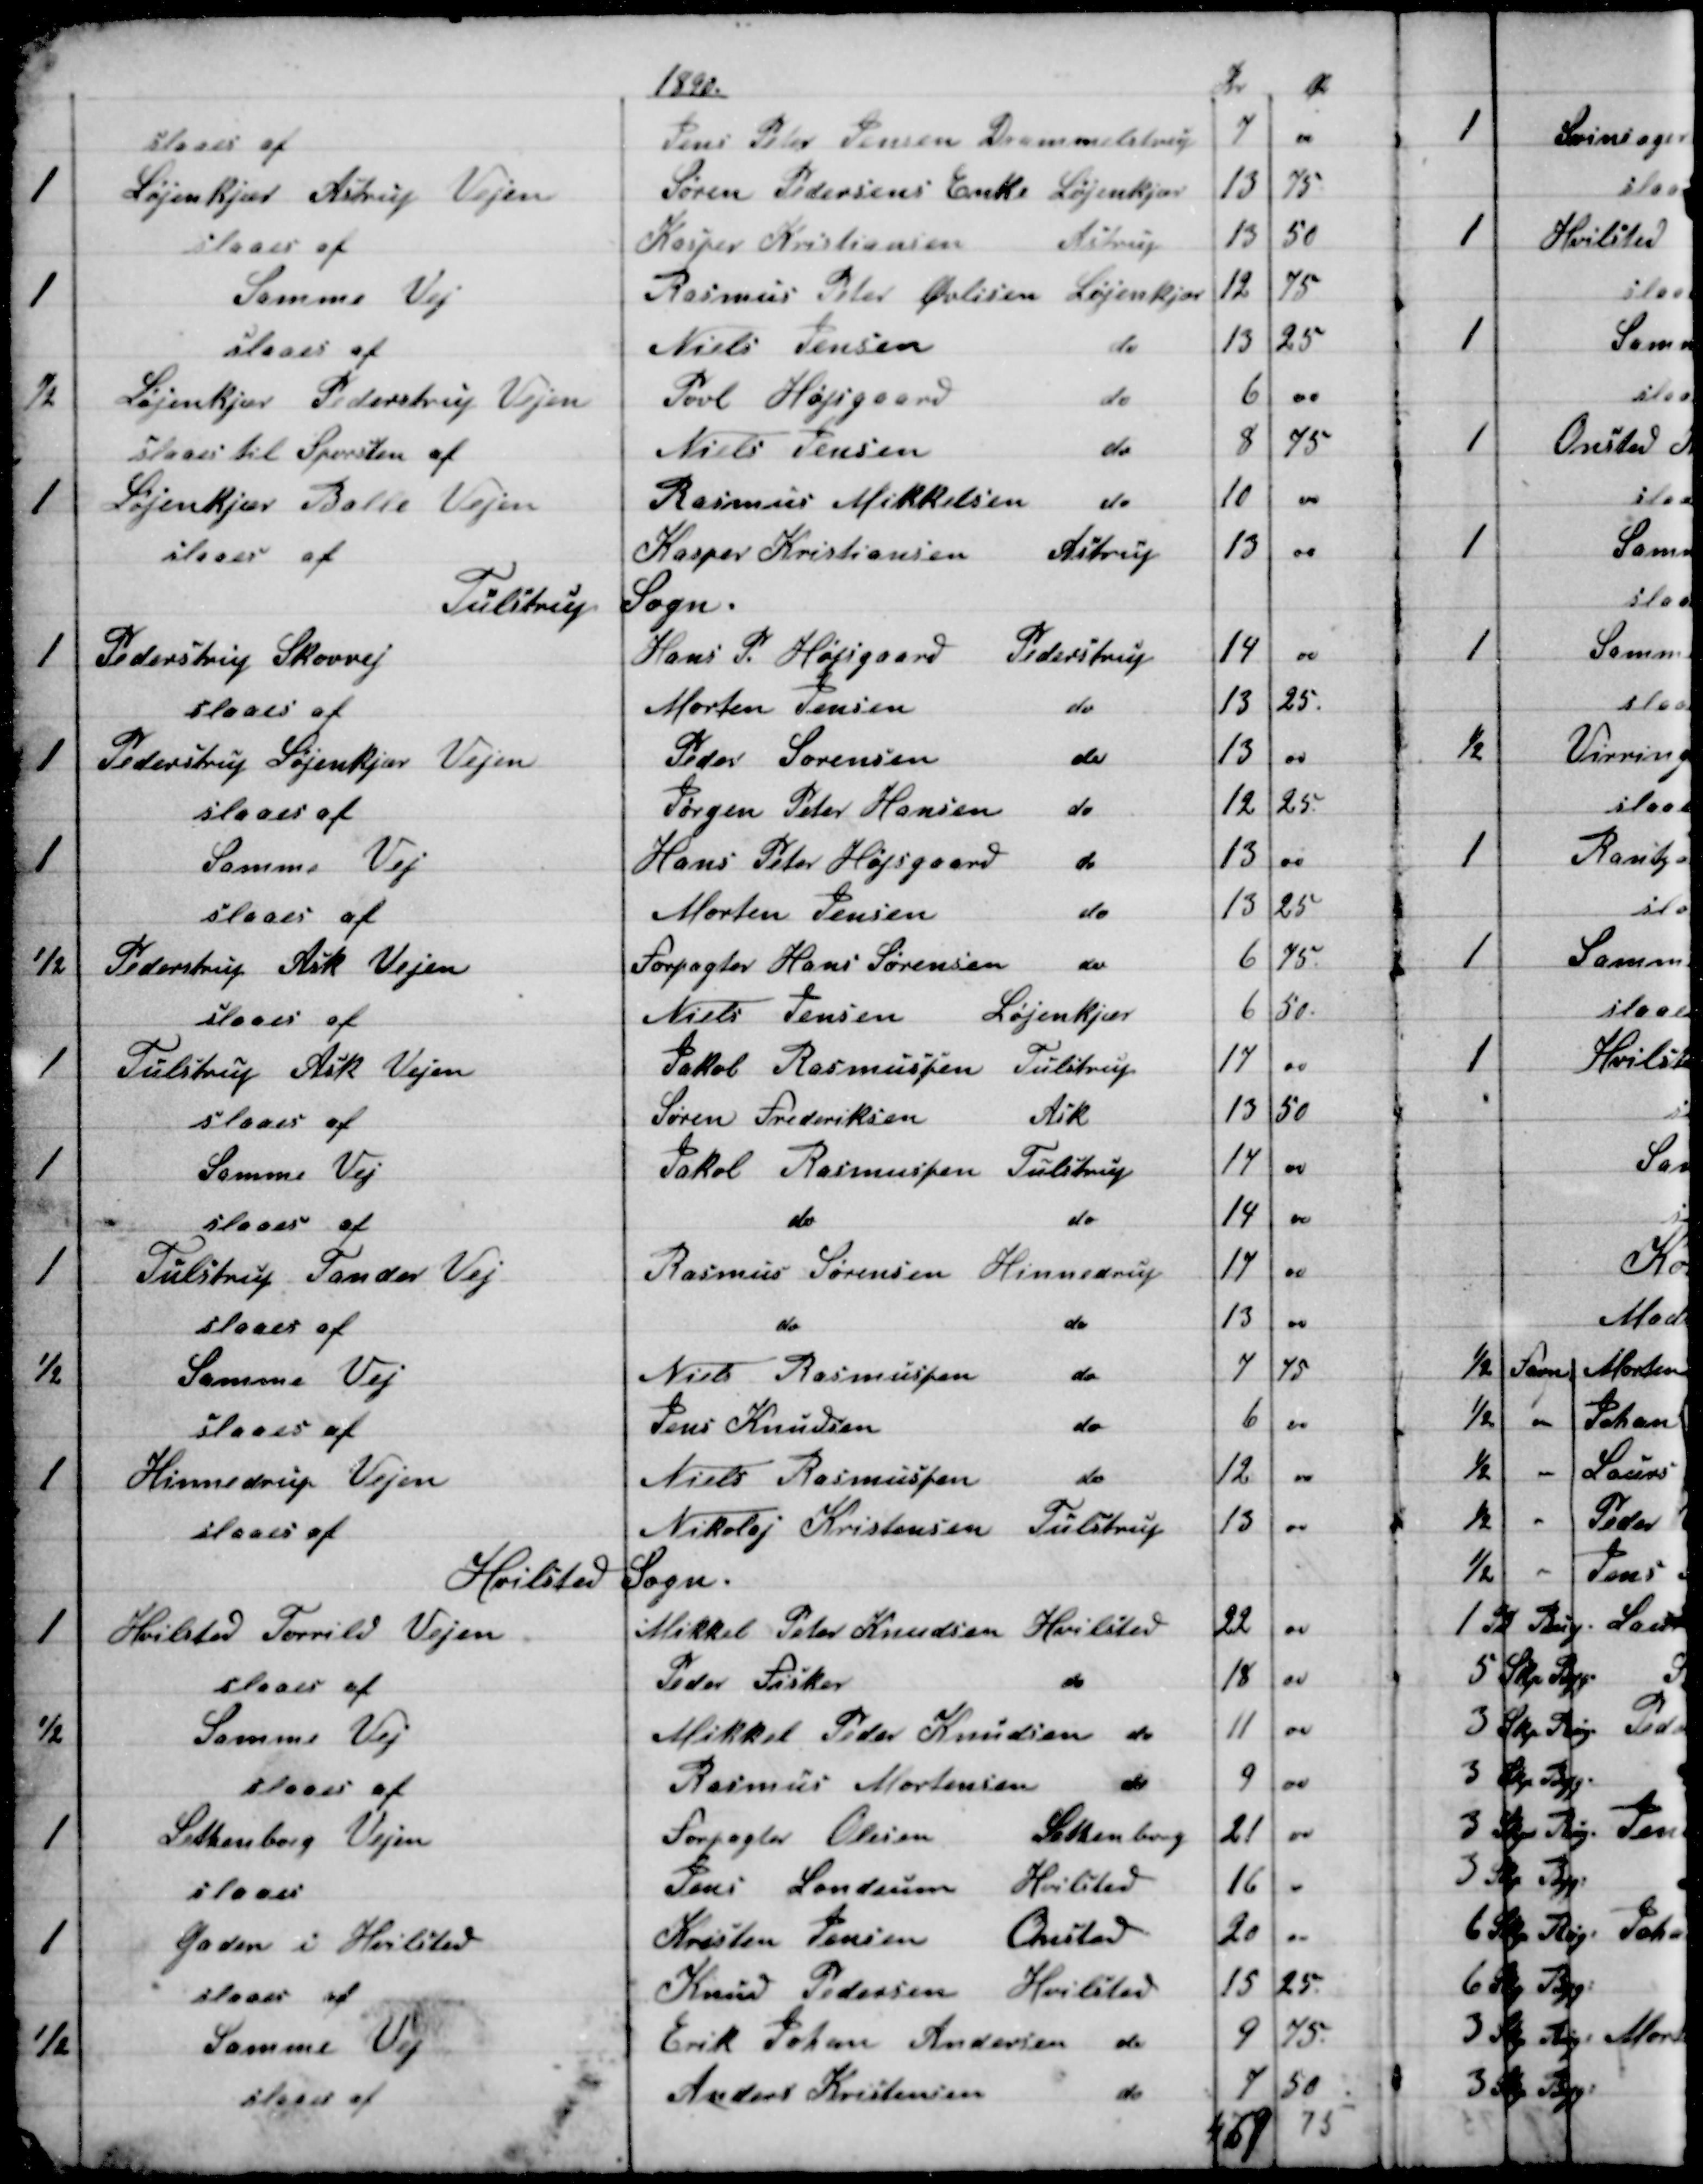
Transskription:
1890.
Kr
Ør
slaaes af
Jens Peter Jensen Drammelstrup
7
00
1
Løjenkjær Astrup Vejen
Søren Pedersens Enke Løjenkjær
13
75
slaaes af
Kasper Kristiansen 
Astrup
13
50
1
Samme Vej
Rasmus Peter Øvlisen Løjenkjær
12
75
slaaes af
Niels Jensen 
do
13
25
½
Løjenkjær Pederstrup Vejen
Povl Højsgaard 
do
6
00
slaaes til Sporsten af
Niels Jensen 
do
8
75
1
Løjenkjær Balle Vejen
Rasmus Mikkelsen do
10
00
slaaes af
Kasper Kristiansen Astrup
13
00
Tulstrup Sogn.
1
Pederstrup Skovvej
Hans P. Højsgaard Pederstrup
14
00
slaaes af
Morten Jensen 
do
13
25.
1
Pederstrup Løjenkjær Vejen
Peder Sørensen 
do
13
00
slaaes af
Jørgen Peter Hansen 
do
12
25
1
Samme Vej
Hans Peter Højsgaard 
do
13
00
slaaes af
Morten Jensen 
do
13
25
1/2
Pederstrup Ask Vejen
Forpagter Hans Sørensen 
do
6
75
slaaes af
Niels Jensen 
Løjenkjær
6
50.
1
Tulstrup Ask Vejen
Jakob Rasmussen Tulstrup
17
00
slaaes af
Søren Frederiksen 
Ask
13
50
1
Samme Vej
Jakob Rasmussen Tulstrup
14
00
slaaes af
do
do 
14
00
1
Tulstrup Tander Vej
Rasmus Sørensen Hinnedrup
17
00
slaaes af
do 
do 
13
00
1/2
Samme Vej
Niels Rasmussen 
do
7
75
slaaes af
Jens Knudsen 
do
6
00
1
Hinnedrup Vejen
Niels Rasmussen 
do
12
00
slaaes af
Nikolaj Kristensen Tulstrup
13
00
Hvilsted Sogn.
1
Hvilsted Torrild Vejen
Mikkel Peter Knudsen Hvilsted
22
00
slaaes af
Peder Fisker 
do
18
00
1/2
Samme Vej
Mikkel Peder Knudsen do
11
00
slaaes af
Rasmus Mortensen 
do
9
00
1
Lethenborg Vejen
Forpagter Olesen 
Lethenborg
21
00
slaaes
Jens Londum Hvilsted
16
00
1
Gaden i Hvilsted
Kristen Jensen 
Onsted
20
00
slaaes af
Knud Pedersen 
Hvilsted
15
25
1/2
Samme Vej
Erik Johan Andersen 
do
9
75
slaaes af
Anders Kristensen 
do
7
50
469
75